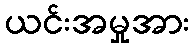
ယင်းအမှုအား